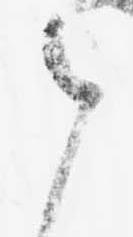
ま